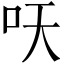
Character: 𱒆